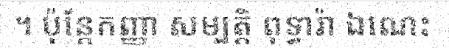
។ ប៉ុន្តែកញ្ញា សម្បត្តិ ពុទ្ធារ៉ា ឯណេះ